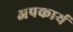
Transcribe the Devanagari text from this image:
अपकार्य